Report on vaccination in Madras 1922-1929 - 1922-1929
Year: 1922
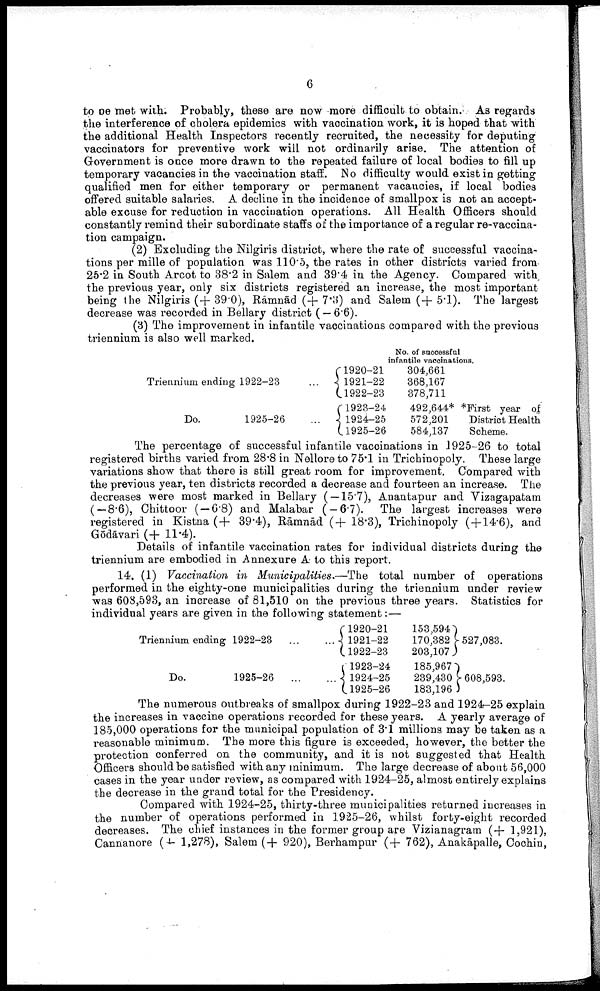
6
to be met with. Probably, these are now more difficult to obtain. As regards
the interference of cholera epidemics with vaccination work, it is hoped that with
the additional Health Inspectors recently recruited, the necessity for deputing
vaccinators for preventive work will not ordinarily arise. The attention of
Government is once more drawn to the repeated failure of local bodies to fill up
temporary vacancies in the vaccination staff. No difficulty would exist in getting
qualified men for either temporary or permanent vacancies, if local bodies
offered suitable salaries. A decline in the incidence of smallpox is not an accept
able excuse for reduction in vaccination operations. All Health Officers should
constantly remind their subordinate staffs of the importance of a regular re-vaccina
tion campaign.
(2) Excluding the Nilgiris district, where the rate of successful vaccina
tions per mille of population was 110.5, the rates in other districts varied from
25.2 in South Arcot to 38.2 in Salem and 39.4 in the Agency. Compared with
the previous year, only six districts registered an increase, the most important
being the Nilgiris (+39.0), Rāmnād (+7.3) and Salem (+5.1). The largest
decrease was recorded in Bellary district ( — 6.6).
(3) The improvement in infantile vaccinations compared with the previous
triennium is also well marked.
No. of successful
infantile vaccinations,
Triennium ending 1922-23 ...
Do.
1925-26 ...
1920-21
1921-22
1922-23
1923-24
1924-25
1925-26
304,661
368,167
378,711
492,644*
572,201
584,137
*First year of
District Health
Scheme.
The percentage of successful infantile vaccinations in 1925-26 to total
registered births varied from 28.8 in Nellore to 75.1 in Trichinopoly. These large
variations show that there is still great room for improvement. Compared with
the previous year, ten districts recorded a decrease and fourteen an increase. The
decreases were most marked in Bellary ( — 15.7), Anantapur and Vizagapatam
(—8.6), Chittoor ( —6.8) and Malabar ( — 6.7). The largest increases were
registered in Kistna (+ 39.4), Rāmnād (+ 18.3), Trichinopoly (+14.6), and
Gōdāvari (+11.4).
Details of infantile vaccination rates for individual districts during the
triennium are embodied in Annexure A to this report.
14. (1) Vaccination in Municipalities.—The total number of operations
performed in the eighty-one municipalities during the triennium under review
was 608,593, an increase of 81,510 on the previous three years. Statistics for
individual years are given in the following statement:—
Triennium ending 1922-23
...
...
Do.
1925-26 ... ...
1920-21
1921-22
1922-23
1923-24
1924-25
1925-26
153,594
170,382
203,107
185,967
239,430
183,196
527,083.
608,593.
The numerous outbreaks of smallpox during 1922-23 and 1924-25 explain
the increases in vaccine operations recorded for these years. A yearly average of
185,000 operations for the municipal population of 3.1 millions may be taken as a
reasonable minimum. The more this figure is exceeded, however, the better the
protection conferred on the community, and it is not suggested that Health
Officers should be satisfied with any minimum. The large decrease of about 56,000
cases in the year under review, as compared with 1924-25, almost entirely explains
the decrease in the grand total for the Presidency.
Compared with 1924-25, thirty-three municipalities returned increases in
the number of operations performed in 1925-26, whilst forty-eight recorded
decreases. The chief instances in the former group are Vizianagram (+ 1,921),
Cannanore (+ 1,278), Salem (+ 920), Berhampur (+ 762), Anakāpalle, Cochin,